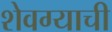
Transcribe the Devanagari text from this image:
शेवग्याची